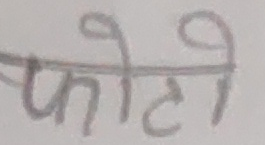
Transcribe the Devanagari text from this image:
फोटो